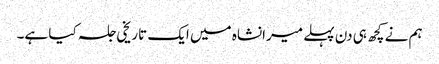
ہم نے کچھ ہی دن پہلے میرانشاہ میں ایک تاریخی جلسہ کیا ہے۔